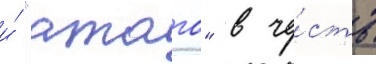
и́ "атаго" в че́сть